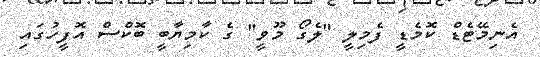
އެނިމޭޓެޑް ކޮމެޑީ ފެމިލީ "ލެގޯ މޫވީ" ގެ ކާމިޔާބީ ބޮކްސް އޮފީހުގައި